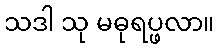
သဒါ သု မဓုရပ္ဖလာ။